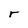
Character: r